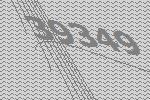
39349